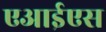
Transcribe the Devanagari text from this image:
एआईएस